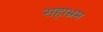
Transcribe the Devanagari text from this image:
सहाभ्रम